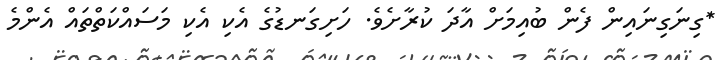
*ގިނަގިނައިން ފެން ބުއިމަށް އާދަ ކުރާށެވެ. ހަށިގަނޑުގެ އެކި އެކި މަސައްކަތްތައް އެންމެ